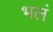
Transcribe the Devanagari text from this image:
भलं